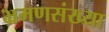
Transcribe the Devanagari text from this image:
भ्रमणसंख्या